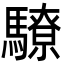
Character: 𩦚